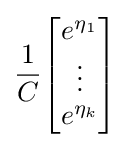
{\frac {1}{C}}{\begin{bmatrix}e^{\eta _{1}}\\\vdots \\e^{\eta _{k}}\end{bmatrix}}